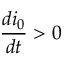
\frac { d i _ { 0 } } { d t } > 0